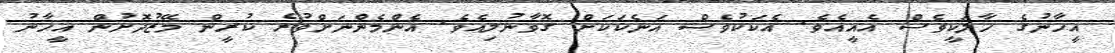
އީހާނުގެ ހާލަކީވެސް އެއީއެވެ. އެކަކުވެސް އަނެކަކަށް ގޮވާނުލިއެވެ. އެންމެންނަށްވުރެ ކުރީން މޭޒުދޮށުން އީހާނު